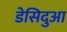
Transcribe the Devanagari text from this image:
डेसिदुआ